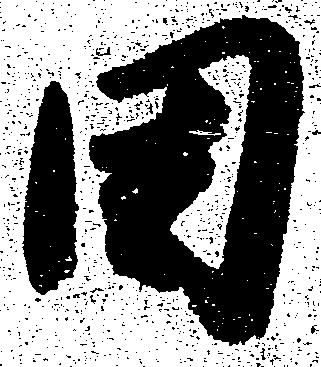
田